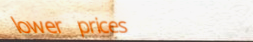
lower prices